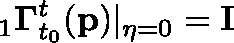
{ } _ { 1 } \mathbf { \Gamma } _ { t _ { 0 } } ^ { t } ( \mathbf { p } ) \vert _ { \eta = 0 } = \mathbf { I }